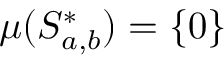
\mu ( S _ { a , b } ^ { * } ) = \{ 0 \}